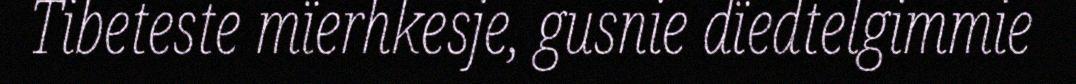
Tibeteste mïerhkesje, gusnie dïedtelgimmie